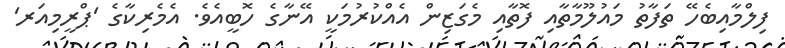
ފިލްމާއިބެހޭ ތަފާތު މައުލޫމާތާއި ފޮތާއި މެގަޒިން އެއްކުރުމަކީ އޭނާގެ ހޮބީއެވެ. އެމެރިކާގެ 'ޕްރީމިއަރ'